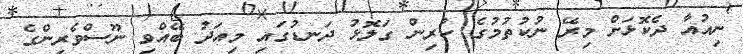
ނިއުއާ ދެކޮޅަށް މިރޭ ނުކުތުމުގެ ކުރިން ގަލޮޅު ދަނޑުގައި މިއަދު ބޭއްވި ނޫސްވެރިންގެ